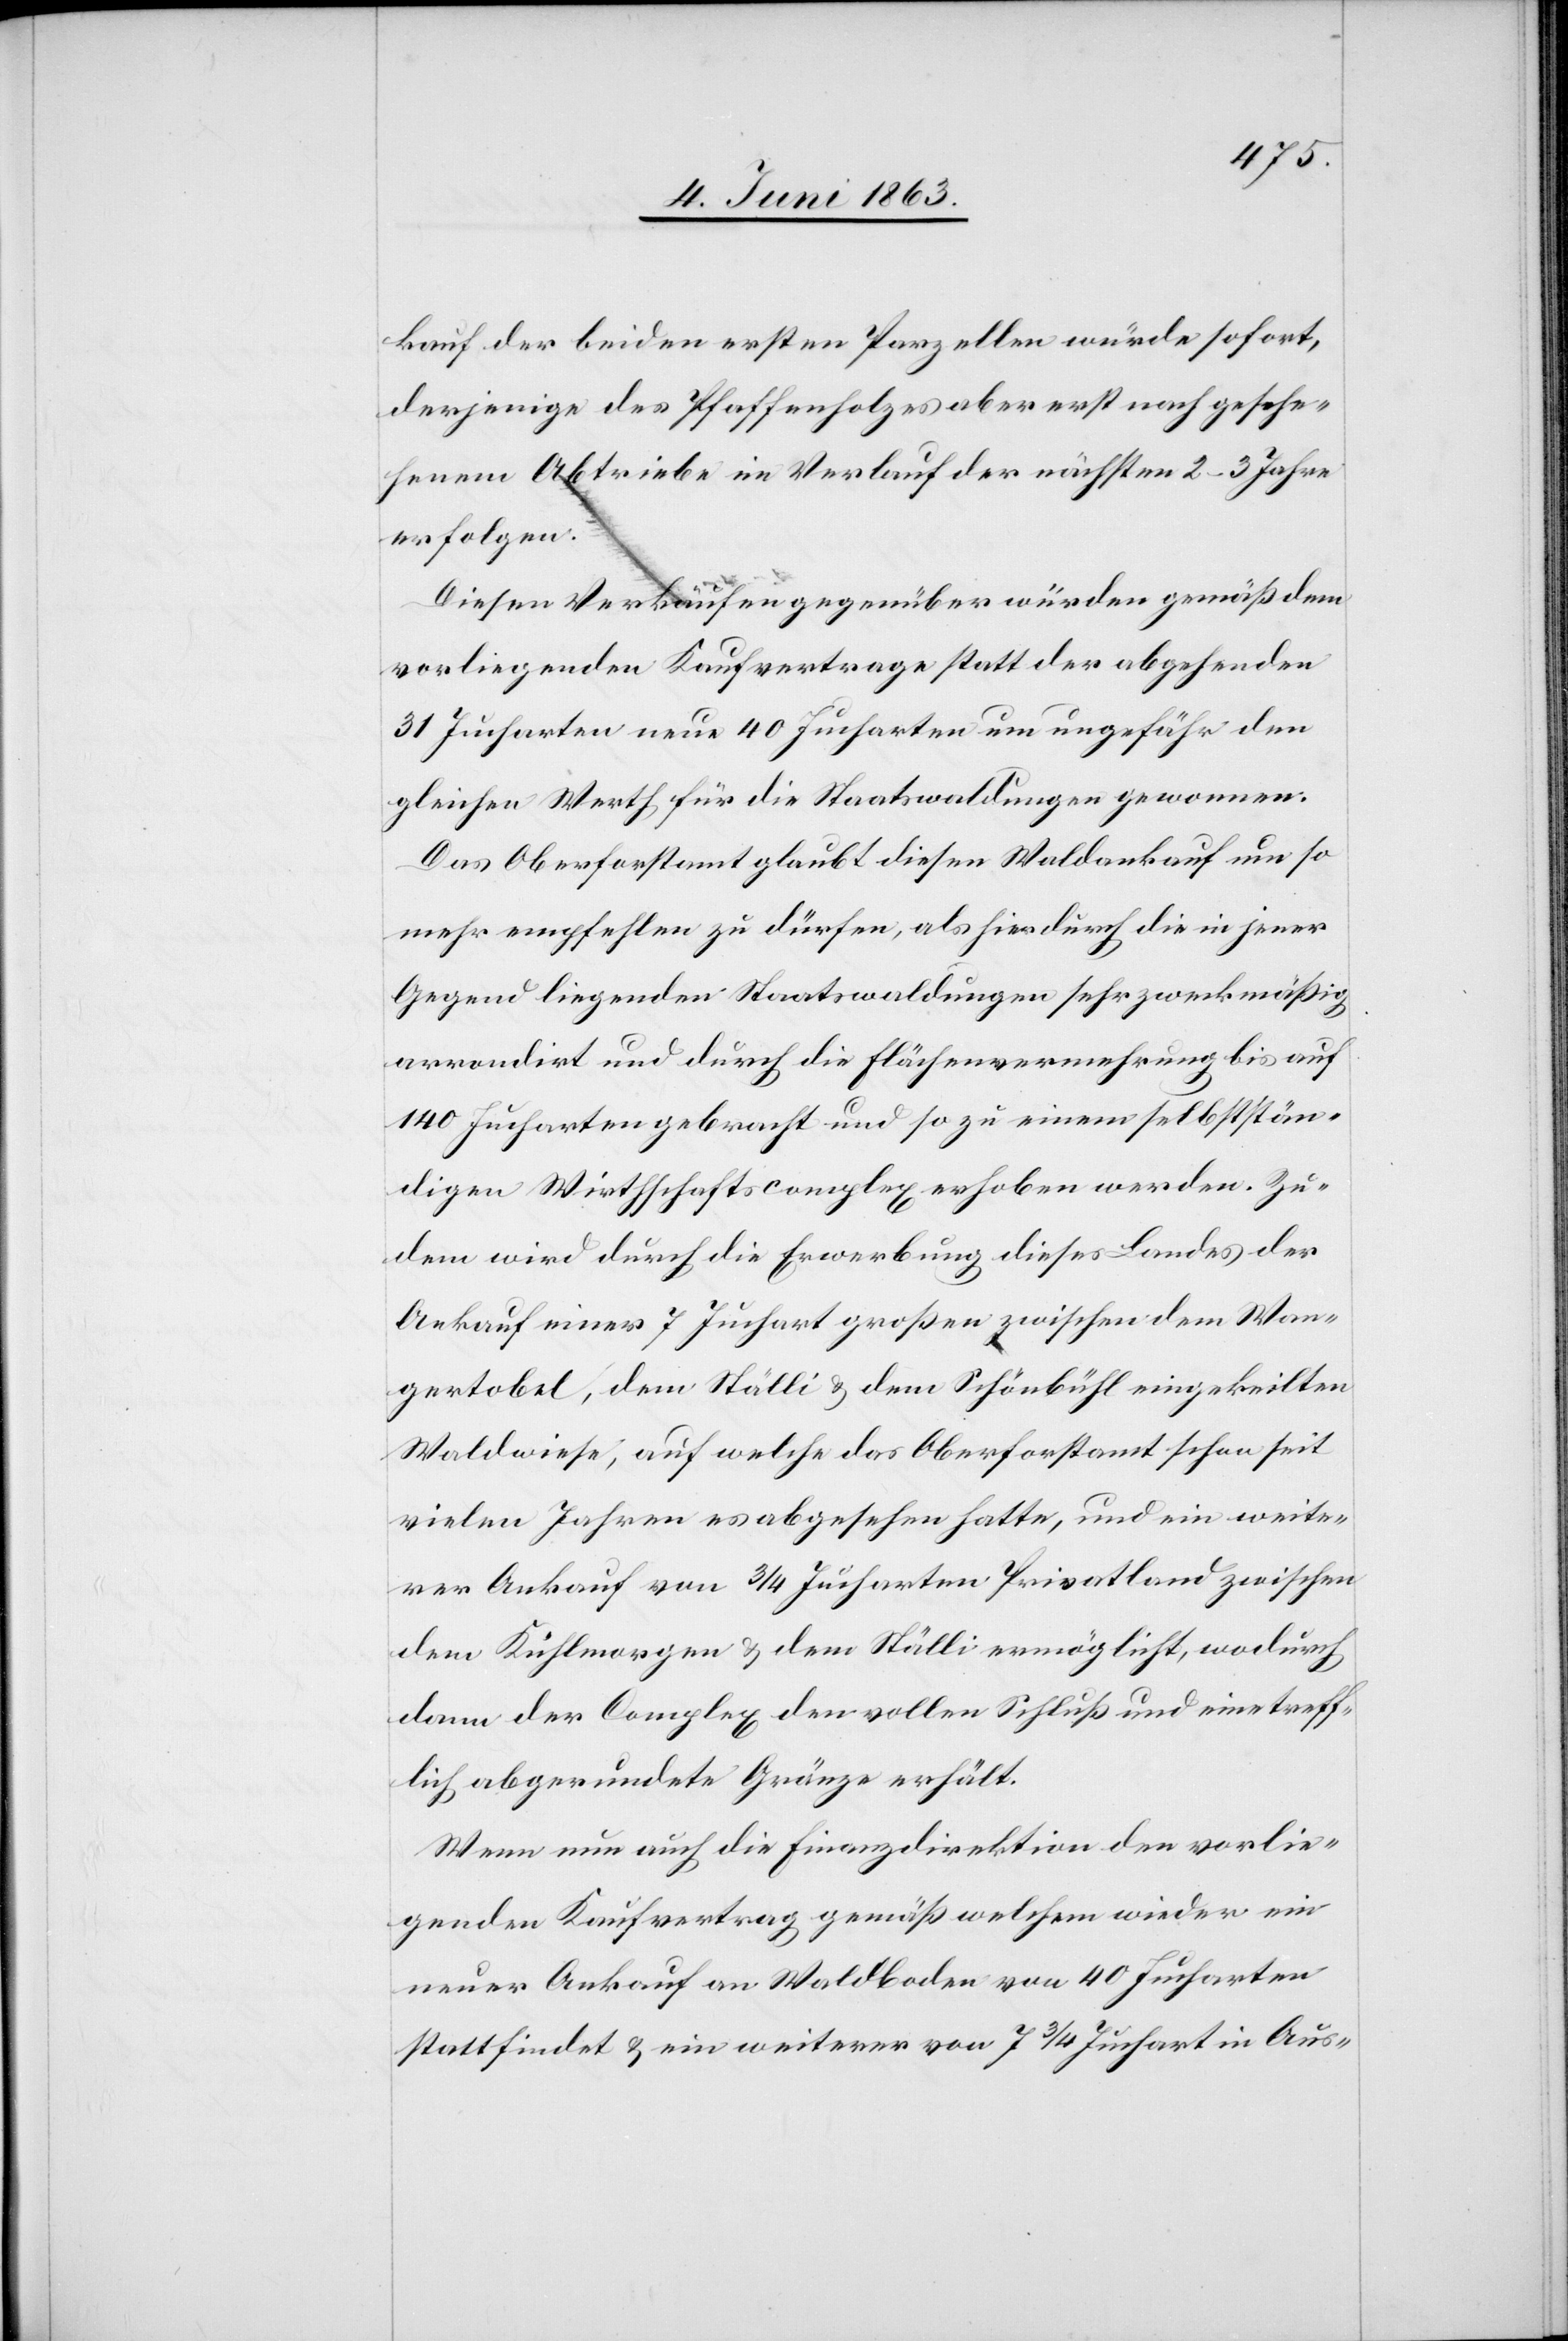
kauf der beiden ersten Parzellen würde sofort,
derjenige des Pfaffenholzes aber erst nach gesche¬
henem Abtriebe im Verlauf der nächsten 2–3 Jahre
erfolgen.
Diesen Verkäufen gegenüber würden gemäß dem
vorliegenden Kaufvertrage statt der abgehenden
31 Jucharten neue 40 Jucharten um ungefähr den
gleichen Werth für die Staatswaldungen gewonnen.
Das Oberforstamt glaubt diesen Waldankauf um so
mehr empfehlen zu dürfen, als hierdurch die in jener
Gegend liegenden Staatswaldungen sehr zweckmäßig
arrondirt und durch die Flächenvermehrung bis auf
140 Jucharten gebracht und so zu einem selbststän¬
digen Wirthschaftscomplex erhoben werden. Zu¬
dem wird durch die Erwerbung dieses Landes der
Ankauf einer 7 Juchart großen zwischen dem Wan¬
gertobel, dem Ställi & dem Schönbühl eingekeilten
Waldwiese, auf welche das Oberforstamt schon seit
vielen Jahren es abgesehen hatte, und ein weite¬
rer Ankauf von 3/4 Jucharten Privatland zwischen
dem Kuhlmorgen & dem Ställi ermöglicht, wodurch
dann der Complex den vollen Schluß und eine treff¬
lich abgerundete Gränze erhält.
Wenn nun auch die Finanzdirektion den vorlie¬
genden Kaufvertrag gemäß welchem wieder ein
neuer Ankauf an Waldboden von 40 Jucharten
stattfindet & ein weiterer von 7 3/4 Juchart in Aus-